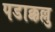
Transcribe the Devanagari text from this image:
पडाक्कल्लु